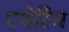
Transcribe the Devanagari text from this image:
एथेरिज